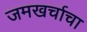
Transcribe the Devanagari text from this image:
जमखर्चाचा